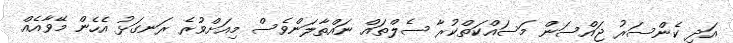
އަދި ކެންސަރު ޖައްސަން މަސައްކަތްކުރާ ސެލްތައް ނައްތާލަންވެސް މިއަށްވުރެ ރަނގަޅު އެހެން މޭވާއެއް